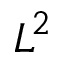
L ^ { 2 }